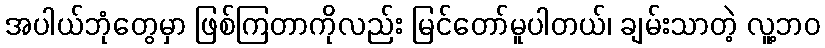
အပါယ်ဘုံတွေမှာ ဖြစ်ကြတာကိုလည်း မြင်တော်မူပါတယ်၊ ချမ်းသာတဲ့ လူ့ဘဝ